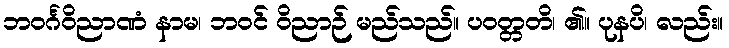
ဘဝင်္ဂဝိညာဏံ နာမ၊ ဘဝင် ဝိညာဉ် မည်သည်။ ပဝတ္တတိ၊ ၏။ ပုနပိ၊ လည်း။